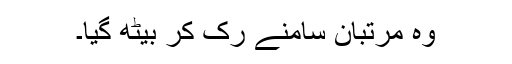
وہ مرتبان سامنے رک کر بیٹھ گیا۔